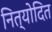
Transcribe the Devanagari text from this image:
नित्योदित